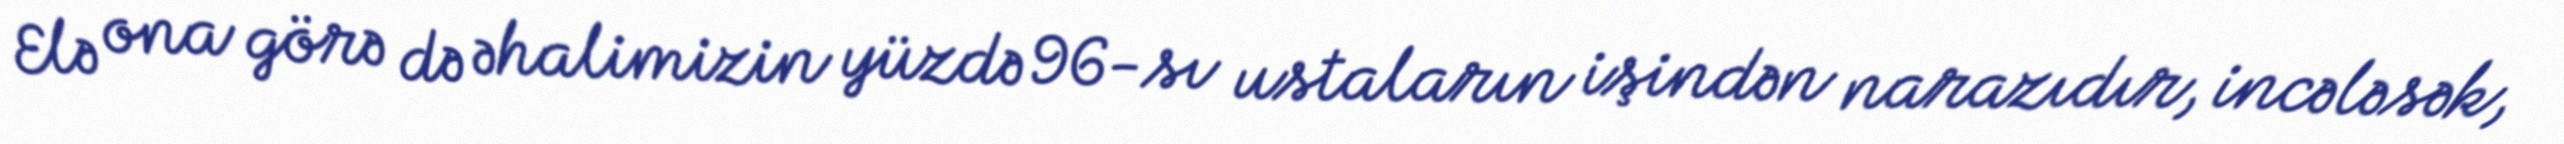
Elə ona görə də əhalimizin yüzdə 96-sı ustaların işindən narazıdır, incələsək,